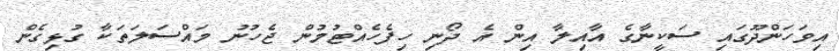
އިވަހަންދޫގައި ސަކީނާގެ އާއިލާ އިން އެ ދޯނި ހިފެހެއްޓުމުން ޖެހުނު މައްސަލަތަކާ ގުޅިގެން